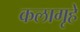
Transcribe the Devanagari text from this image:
कलागृहे